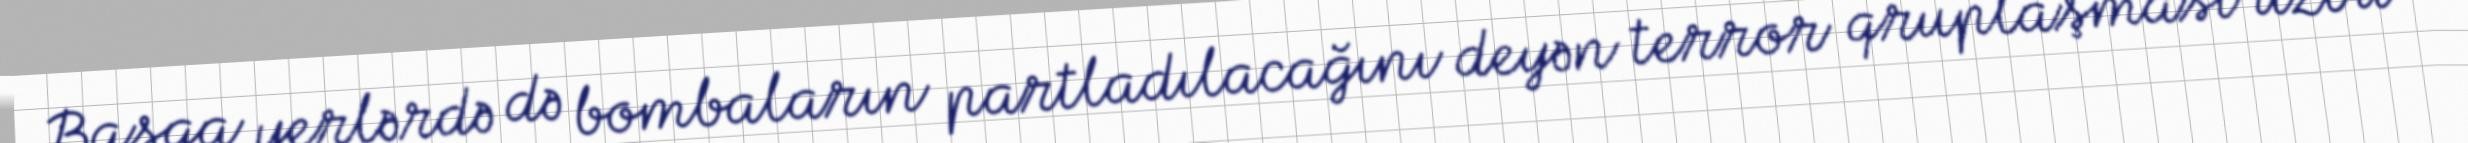
Başqa yerlərdə də bombaların partladılacağını deyən terror qruplaşması üzvü